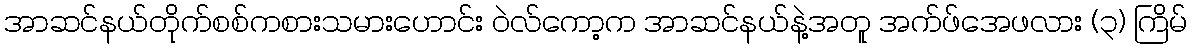
အာဆင်နယ်တိုက်စစ်ကစားသမားဟောင်း ဝဲလ်ကော့က အာဆင်နယ်နဲ့အတူ အက်ဖ်အေဖလား (၃) ကြိမ်